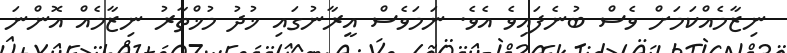
ނިޒާމެއްކަމަށް ވެސް ބުނެފައިވެ އެވެ. ނަމަވެސް އީރާނުގައި ޚުދު މުޚްތާރު ނިޒާމެއް އޮންނަ